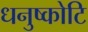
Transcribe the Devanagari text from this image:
धनुष्कोटि